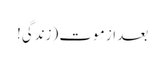
بعد از موت (زندگی!